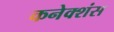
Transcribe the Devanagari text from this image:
कनेक्‍शंस